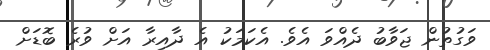
ވަގުތުން ޖަވާބު ދެއްވަ އެވެ. އެކަމަކު އެ ދާއިރާ އަށް ވުރެ ބޮޑަށް